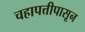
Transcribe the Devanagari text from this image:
चहापत्तीपासून